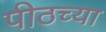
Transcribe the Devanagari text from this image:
पीठच्या